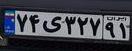
۷۴ی۳۲۷۹۱